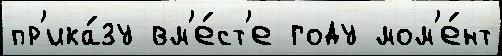
пр'ика́зу вм'е́ст'е году мом'е́нт